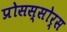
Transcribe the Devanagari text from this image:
प्रोसस्सोर्स